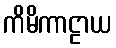
ကိမိကာဠာယ